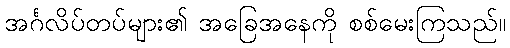
အင်္ဂလိပ်တပ်များ၏ အခြေအနေကို စစ်မေးကြသည်။